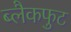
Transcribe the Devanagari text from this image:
ब्लैकफुट